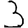
Digit: 3